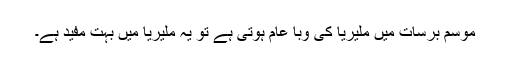
موسم برسات میں ملیریا کی وبا عام ہوتی ہے تو یہ ملیریا میں بہت مفید ہے۔